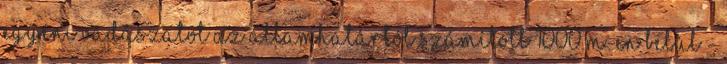
egyéni vadászatot az államhatártól számított 1000 m-en belül -